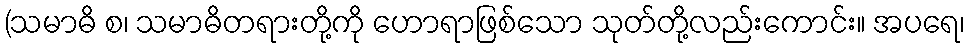
(သမာဓိ စ၊ သမာဓိတရားတို့ကို ဟောရာဖြစ်သော သုတ်တို့လည်းကောင်း။ အပရေ၊